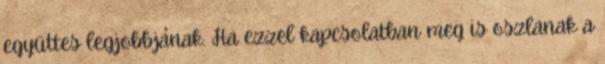
együttes legjobbjának. Ha ezzel kapcsolatban meg is oszlanak a